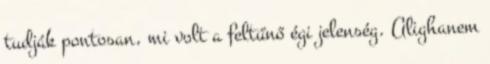
tudják pontosan, mi volt a feltűnő égi jelenség. Alighanem